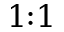
1 { : } 1